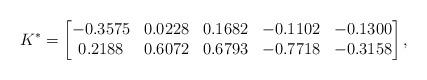
LaTeX: \begin{align*}K^*=\begin{bmatrix}-0.3575 & 0.0228 & 0.1682 & -0.1102 & -0.1300\\0.2188 & 0.6072 & 0.6793 & -0.7718 & -0.3158\end{bmatrix},\end{align*}